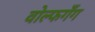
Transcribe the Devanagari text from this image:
वोल्फगँग